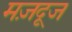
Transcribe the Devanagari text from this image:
मज़दूज